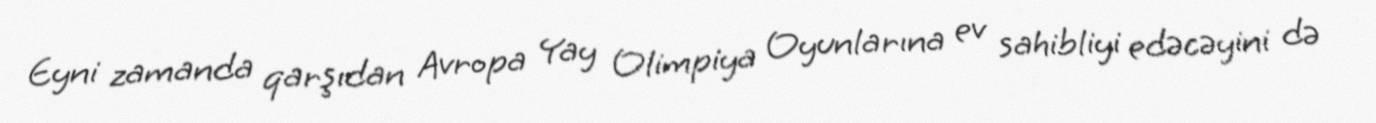
Eyni zamanda qarşıdan Avropa Yay Olimpiya Oyunlarına ev sahibliyi edəcəyini də